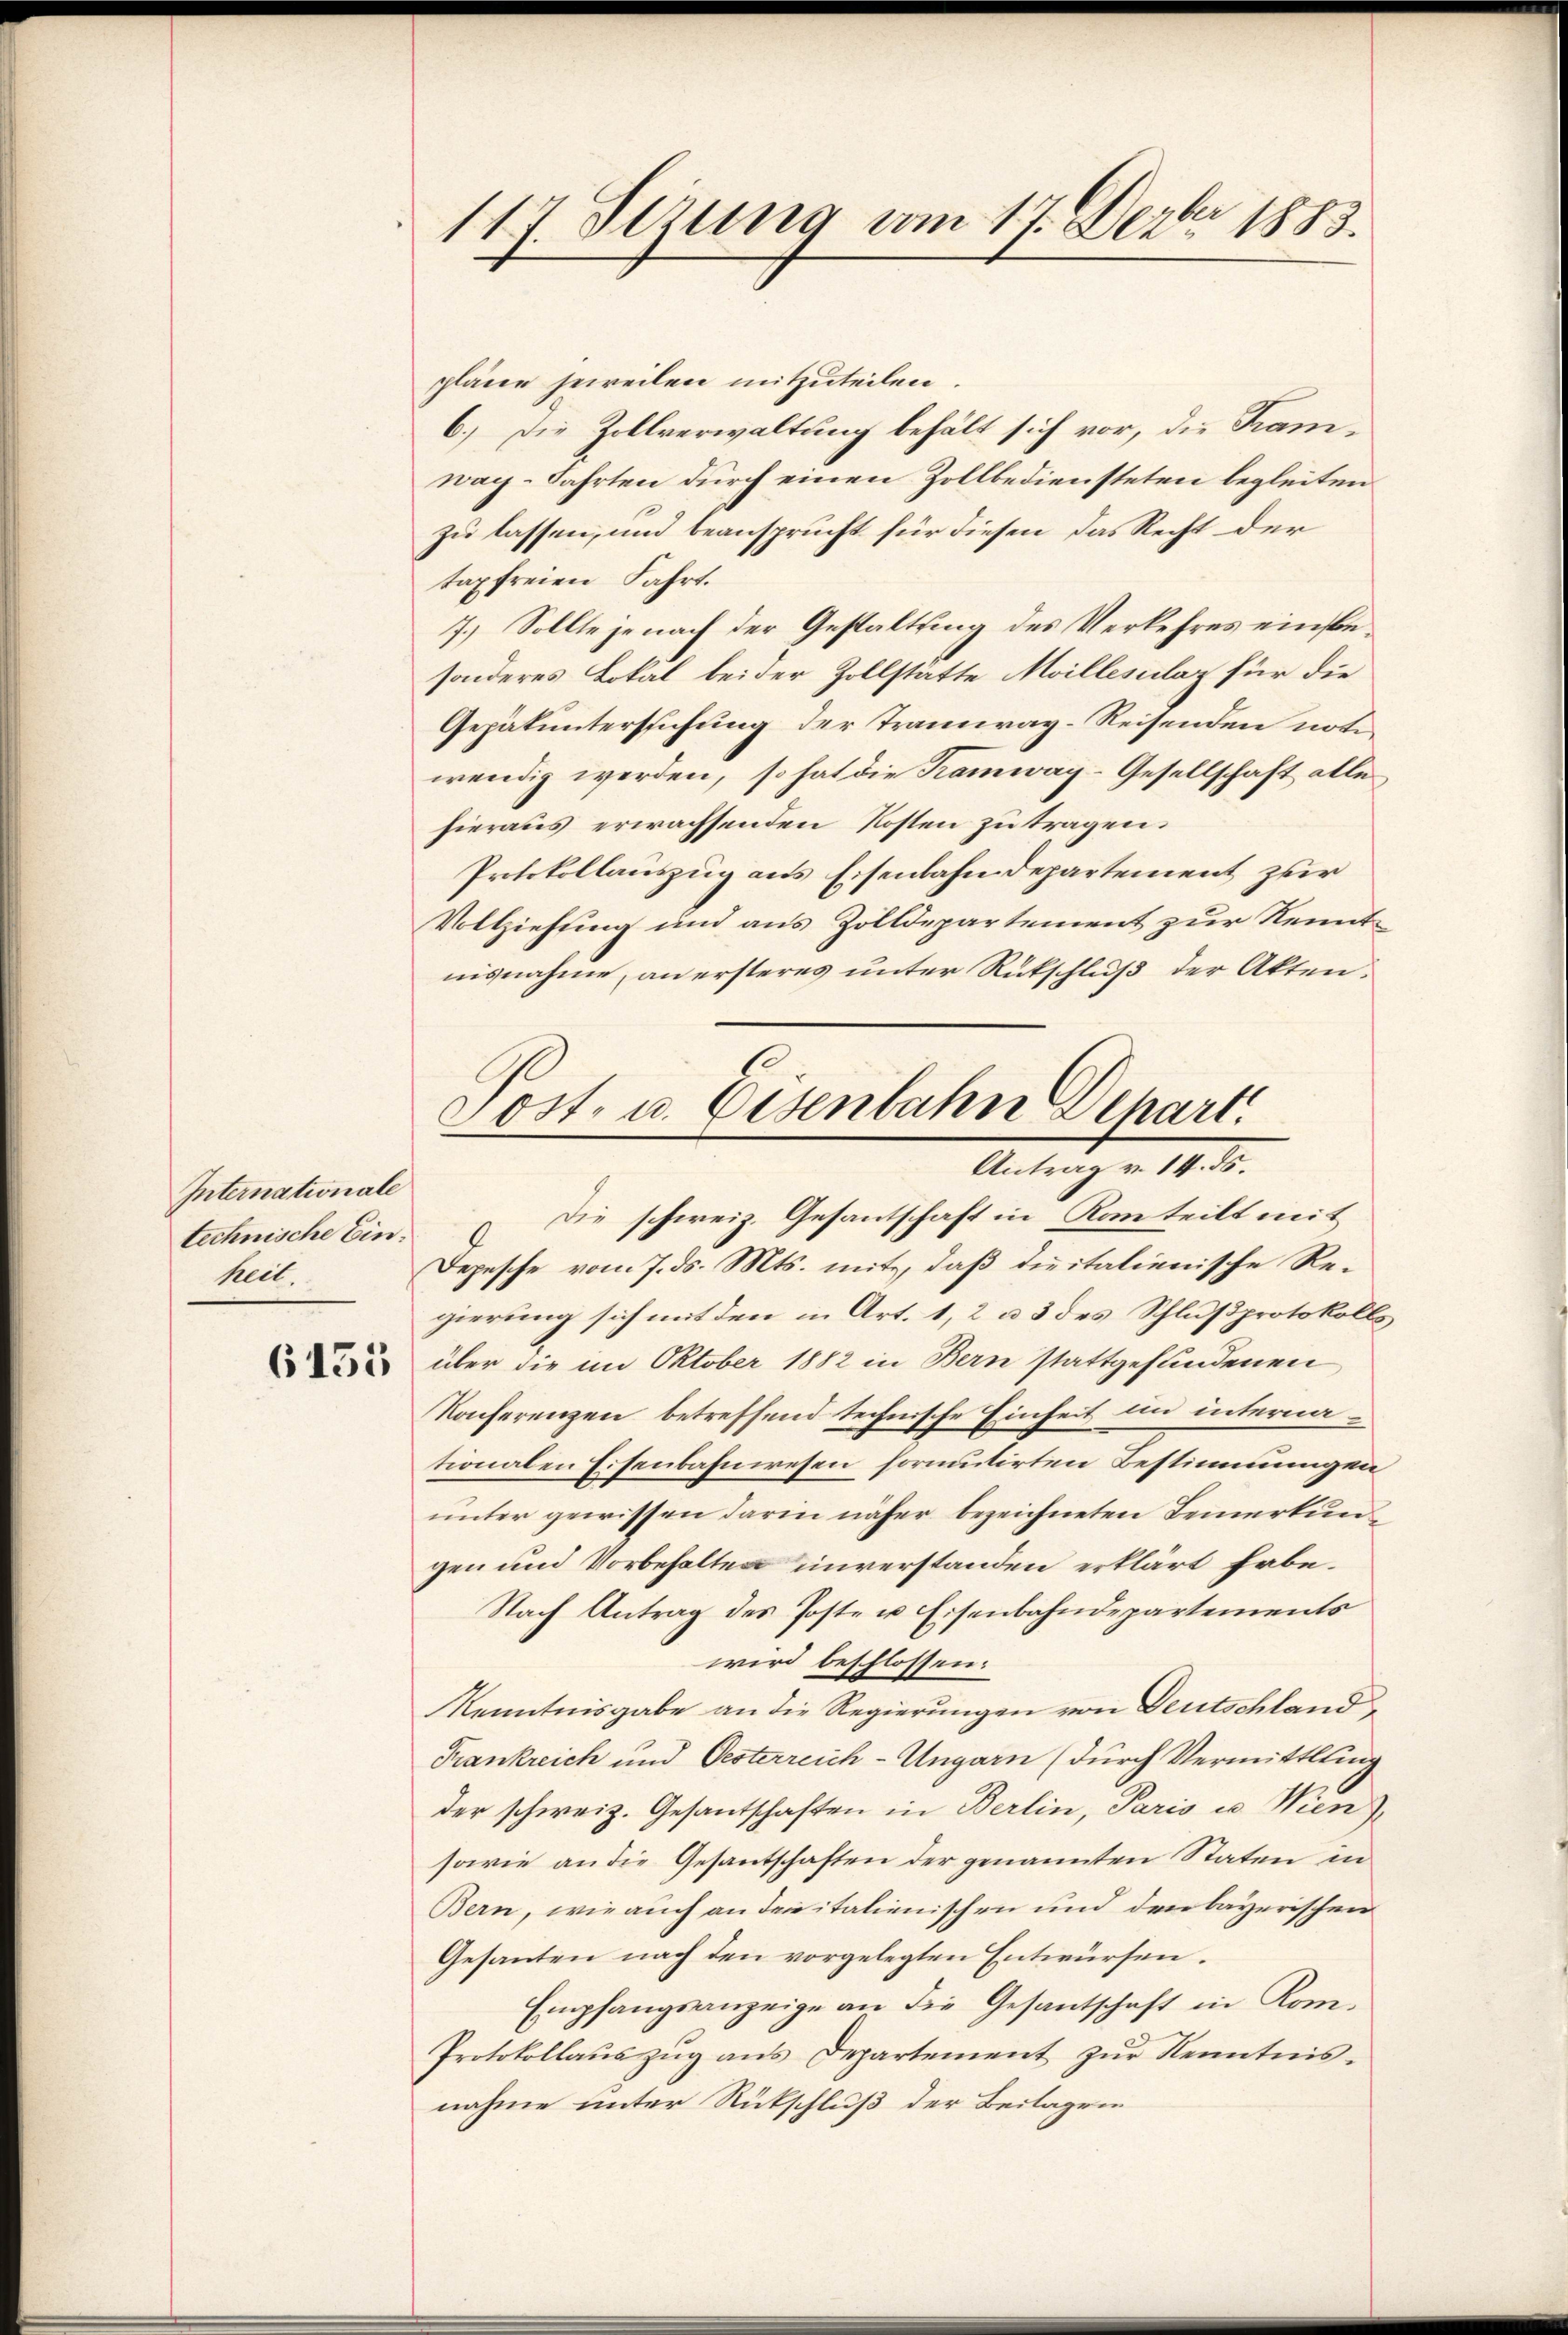
Internationale
technische Einteilt.

6155

117. Sezung vom 17. Dezbr 1883.

pläne jeweilen mitzuteilen.
6.) Die Zollverwaltung behält sich vor, die Kamwag-Fahrten durch einen Zollbediensteten begleiten
zu lassen, und beansprucht für diesen das Recht der
taxfreien Fahrt.
7.) Sollte je nach der Gestaltung des Verkehres einspesonderes Lokal bei der Zollstätte Meillesclaz für die
Gepätuntersuchung der Tramway-Reisenden noti
wendig werden, so hat die Tramway-Gesellschaft alle
hieraus erwachsenden Kosten zu tragen.
Protokollauszug aus Eisenbahndepartement zur
Vollziehung und aus Zolldepartement zur Kenntnisnahme, an ersteres unter Rükschluß der Akten.

Post- u. Eisenbahn Depart
Antrag v. 14. ds.
Die schweiz. Gesantschaft in Kanteilt mit
Depesche vom 7. ds. Mts. mit, daß dieitalienische Re¬

gierung sich mit den in Art. 1, 2 u 3 des Schlußprotokolls
über die im Oktober 1882 in Bern stattgefundenen
Konferenzen betreffend technische Einheit im internationalen Eisenbahnwesen formutirten Bestimmungen
unter gewissen darin näher bezeichneten Bemerkungen und Vorbehalten unverstanden erklärt habe¬
Nach Antrag des Poste u. Eisenbahndepartements
wird beschlossen:
Kenntnisgabe an die Regierungen von Deutschland
Frankreich und Oesterreich-Ungarn (durch Vermittlung
der schweiz. Gesantschaften in Berlin, Paris u Wien)
sowie an die Gesantschaften der genannten Staten in
Bern, wie auch an dereitalienischen und den bayerischen
Gesanten nach den vorgelegten Entwürfen.
Empfangsanzeige an die Gesantschaft in Kom¬
Protokollaŭs zŭg ans Departement zŭr Kenntnis-
nahme unter Rückschluß der Beilagen